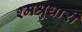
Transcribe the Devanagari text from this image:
श्मश्रुधारी